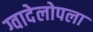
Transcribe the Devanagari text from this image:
ग्वादेलोपला